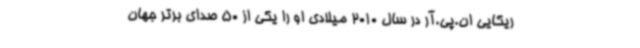
ریکایی ان.پی.آر در ‌سال 2010 میلادی او را یکی از 50 صدای برتر جهان